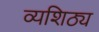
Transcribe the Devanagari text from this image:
व्यशिठ्य